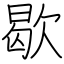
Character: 歇